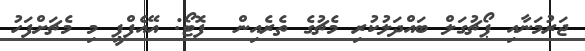
ޖަރުމަނާއި ޕޯޗުގަލް ބައްދަލުކުރި މެޗުގެ ތެރެއިން  ފޮޓޯ: އޭއެފްޕީ މި މެޗަށްފަހު